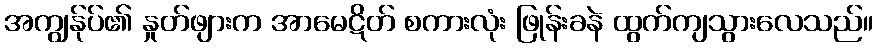
အကျွန်ုပ်၏ နှုတ်ဖျားက အာမေဋိတ် စကားလုံး ဖြုန်းခနဲ ထွက်ကျသွားလေသည်။